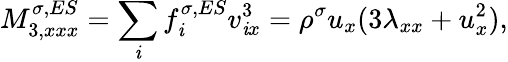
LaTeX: M_{3,xxx}^{\sigma,ES}=\sum_{\mathit{i}}f_{\mathit{i}}^{\sigma,ES}v_{\mathit{i}x}^{3}=\rho^{\sigma}u_{x}(3\lambda_{xx}+u_{x}^{2}),